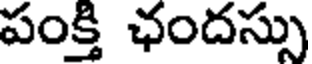
పంక్తి ఛందస్సు